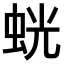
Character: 𫊶